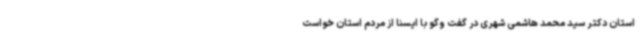
استان دکتر سید محمد هاشمی شهری در گفت وگو با ایسنا از مردم استان خواست